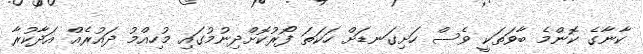
ކާނާގެ ކޮންމެ ބާވަތަކީ ވެސް ހަށިގަނޑަށް ހަކަތަ ފޯރުކޮށްދިނުމުގައި މުހިއްމު ދައުރެއް އަދާކުރާ